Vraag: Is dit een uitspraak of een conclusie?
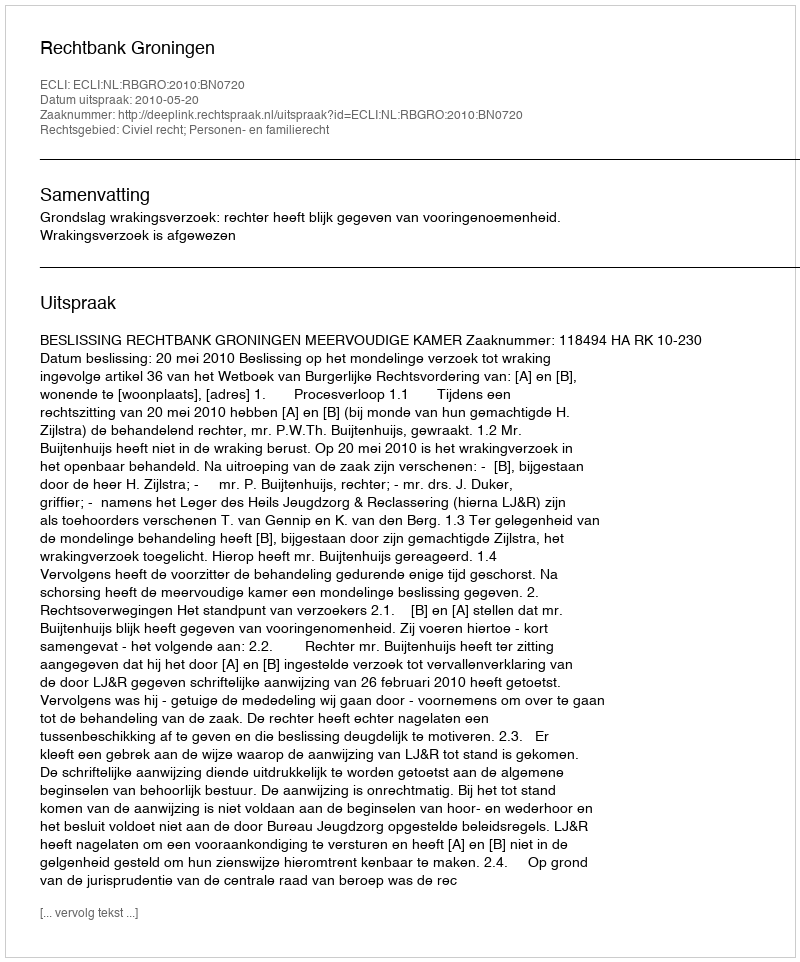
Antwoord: Uitspraak